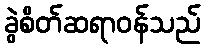
ခွဲစိတ်ဆရာဝန်သည်